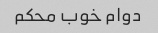
دوام خوب محکم